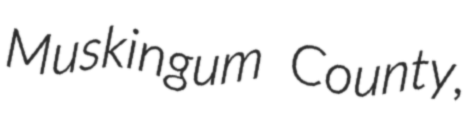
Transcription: Muskingum County,